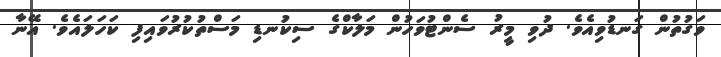
ވަގުތުން ގަނޑުވިއެވެ. ދުވި މީރު ސެންޓުވަހުން މަލާކްގެ ސިކުނޑި މަސްތުކުރުވައިފި ކަހަލައެވެ. އޭނާ